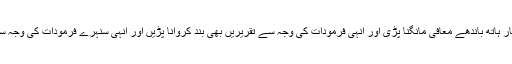
باقی آپکے قائد کے فرمودات پر ایک عالم گواہ ہے جس کی وجہ سے درجنوں بار ہاتھ باندھے معافی مانگنا پڑی اور انہی فرمودات کی وجہ سے تقریریں بھی بند کروانا پڑیں اور انہی سنہرے فرمودات کی وجہ سے قائدِ محترم کو گوشہ نشین کرکے "لندن" کا لیبل اتار کر پاکستان کا لگانا پڑا۔